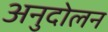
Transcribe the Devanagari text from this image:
अनुदोलन